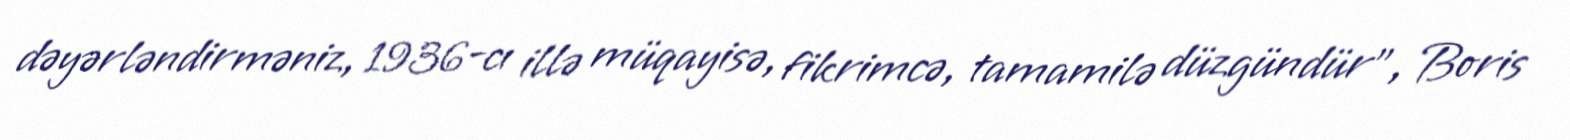
dəyərləndirməniz, 1936-cı illə müqayisə, fikrimcə, tamamilə düzgündür”, Boris